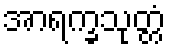
အာရက္ခသုတ္တံ